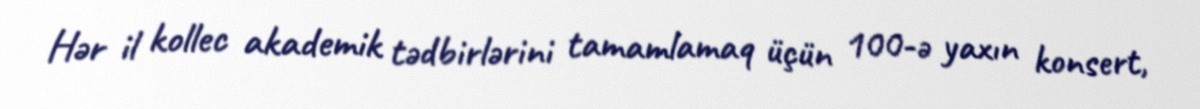
Hər il kollec akademik tədbirlərini tamamlamaq üçün 100-ə yaxın konsert,